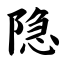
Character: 隐